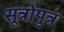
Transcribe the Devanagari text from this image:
सूत्रोपुत्र